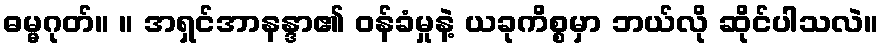
ဓမ္မဂုတ်။ ။ အရှင်အာနန္ဒာ၏ ဝန်ခံမှုနဲ့ ယခုကိစ္စမှာ ဘယ်လို ဆိုင်ပါသလဲ။